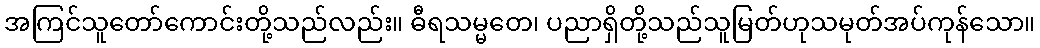
အကြင်သူတော်ကောင်းတို့သည်လည်း။ ဓီရသမ္မတေ၊ ပညာရှိတို့သည်သူမြတ်ဟုသမုတ်အပ်ကုန်သော။